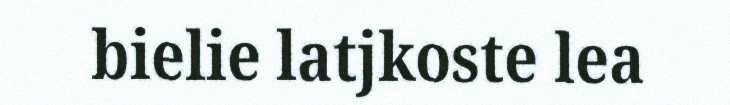
bielie latjkoste lea